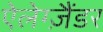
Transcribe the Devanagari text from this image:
ऐलेग्ज़ैंडर